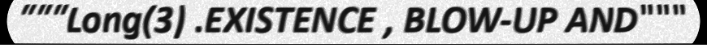
"""Long(3) .EXISTENCE , BLOW-UP AND"""